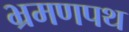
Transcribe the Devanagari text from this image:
भ्रमणपथ